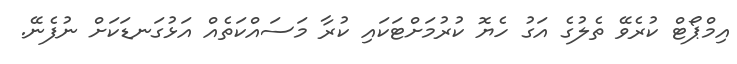
އިމްޕޯޓް ކުރެވޭ ތެލުގެ އަގު ހެޔޮ ކުރުމަށްޓަކައި ކުރާ މަސައްކަތެއް އަޅުގަނޑަކަށް ނުފެނޭ.